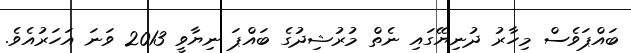
ބައްޕަވެސް މިހާރު ދުނިޔޭގައި ނެތް މުރުޝިދުގެ ބައްޕަ ނިޔާވީ 2013 ވަނަ އަހަރުއެވެ.